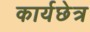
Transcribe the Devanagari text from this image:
कार्यछेत्र